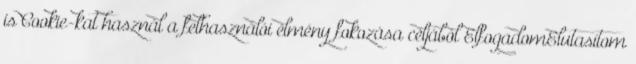
is Cookie-kat használ a felhasználói élmény fokozása céljából ElfogadomElutasítom